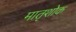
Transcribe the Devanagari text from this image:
मातृशोक